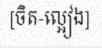
[ចិត-ល្អៀង]